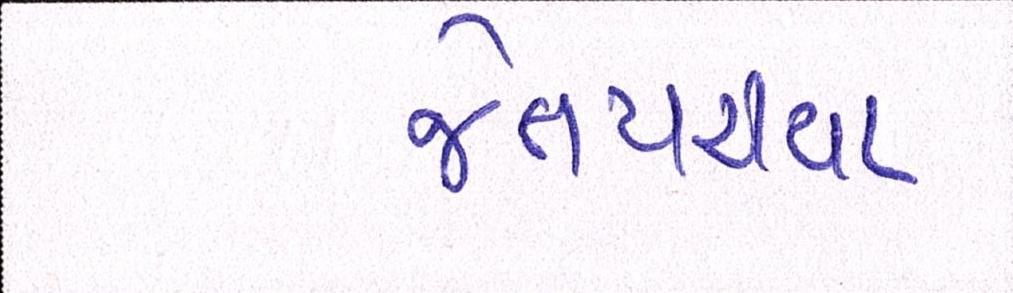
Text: જેતપરીયા